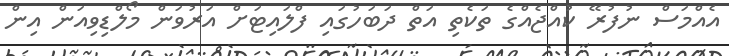
އެއްމަސް ނުފުރޭ ކުއްޖެއްގެ ތަކެތި އަތް ދަބަހުގައި ފްލައިޓަށް އަރުވަން މޯލްޑިވިއަން އިން